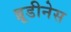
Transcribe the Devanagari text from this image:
ब्रूडीनेस